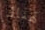
هناك